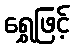
ရွှေဖြင့်